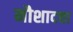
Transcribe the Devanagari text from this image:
नौशादचा